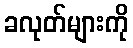
ခလုတ်များကို